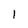
Character: 1